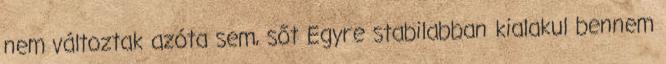
nem változtak azóta sem, sőt Egyre stabilabban kialakul bennem